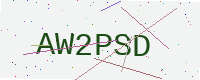
Text: AW2PSD